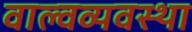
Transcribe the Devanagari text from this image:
वाल्वव्यवस्था